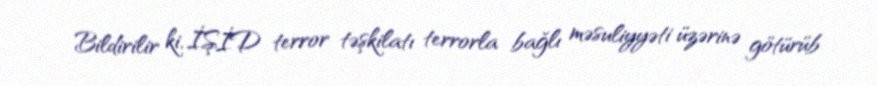
Bildirilir ki, İŞİD terror təşkilatı terrorla bağlı məsuliyyəti üzərinə götürüb